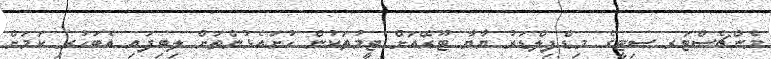
މެންޗެސްޓަރ ސިޓީގެ މިޑްފިލްޑަރު ޔާޔާ ޓޫރޭއަށް ޓީމުތަކުން ހުށައެޅުންތަށް ލިބިފައި އެބަހުރި ކަމަށް